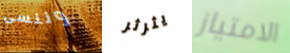
وننسى يثرثر الامتياز